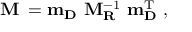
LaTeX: \bf M _ { \nu } = m _ { D } \ M _ { R } ^ { \mathrm { - 1 } } \ m _ { D } ^ { \mathrm { T } } \ ,